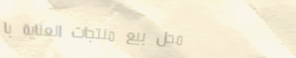
محل بيع منتجات العناية با